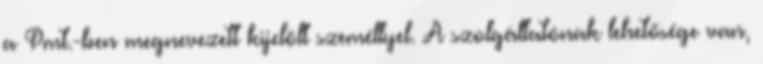
a Pmt.-ben megnevezett kijelölt személlyel. A szolgáltatónak lehetősége van,